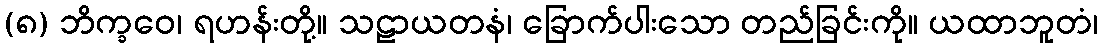
(၈) ဘိက္ခဝေ၊ ရဟန်းတို့။ သဠာယတနံ၊ ခြောက်ပါးသော တည်ခြင်းကို။ ယထာဘူတံ၊